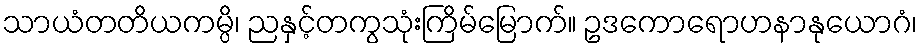
သာယံတတိယကမ္ပိ၊ ညနှင့်တကွသုံးကြိမ်မြောက်။ ဥဒကောရောဟနာနုယောဂံ၊